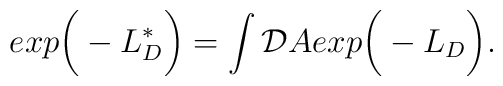
exp\bigg( - L^*_D \bigg) = \int {\cal D}A exp \bigg( - L_D \bigg).